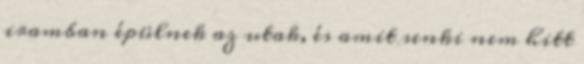
iramban épülnek az utak, és amit senki nem hitt